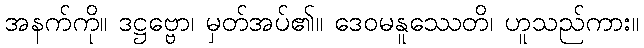
အနက်ကို။ ဒဋ္ဌဗ္ဗော၊ မှတ်အပ်၏။ ဒေဝမနူဿေတိ၊ ဟူသည်ကား။